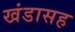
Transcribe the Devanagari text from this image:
खंडासह